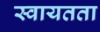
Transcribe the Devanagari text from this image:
स्‍वायतता